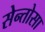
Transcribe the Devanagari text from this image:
सेन्तोसा